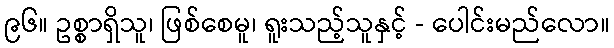
၉၆။ ဥစ္စာရှိသူ၊ ဖြစ်စေမူ၊ ရူးသည့်သူနှင့် - ပေါင်းမည်လော။